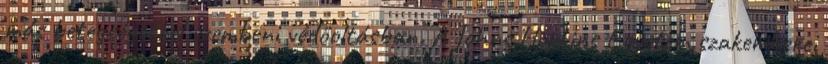
más betegségekkel szembeni védőoltásban. A Johns Hopkins Egyetem szakemberei